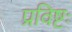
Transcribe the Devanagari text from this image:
प्रविष्टः